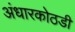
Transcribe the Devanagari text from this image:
अंधारकोठडी